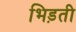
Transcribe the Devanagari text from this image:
भिड़ती